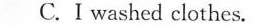
C Iwashedclothes.